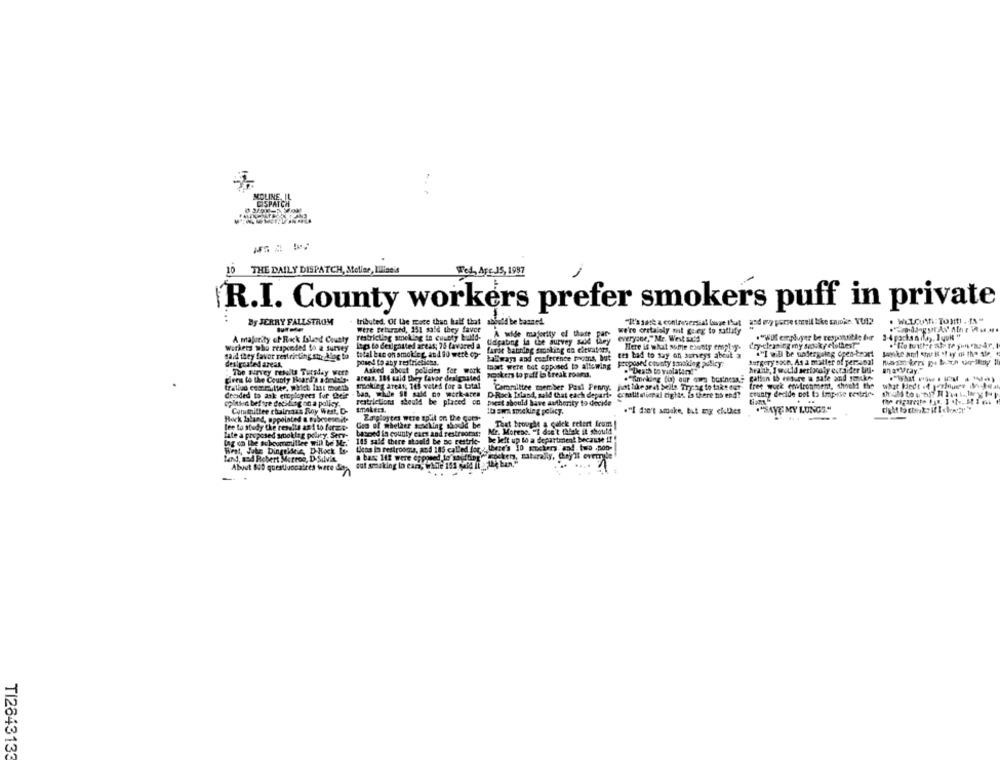
THE DAILY DISPATCH, Mellar, Ilise's
Wed, Are J5, 1987
R.I. County workers prefer smokers puff in private
...
By JERRY FALLSTROM
tributed. Of the more than half that abbutd be banned.
and ony perse torell like sapokr. YU22
Wtre Beturned, 251 said they favce
A wide majority of thete
we're cratainly mt gereg to satlity
A majority of Rock Iled Cavaty
restricting smelting in cuanty build-
Udpating la the survey suod they
Workers who responded to a survey
logs to despitted areas; 75 favored a
furet banning soaking en citvaters,
Here is what subje blanty eroplay-
dry-cleaning my senky clothes?"
said they favor restricting stor dlag to
total kan on smoking, and 80 were op-
buSwap and conference rooms, but
tes bad to say an surveys about a
."I will be wafergalag open-teort
desipouted areas,
posed to any restrictions.
that were but opposed to allowing
Proposed county somokdog policy:
Surgery soce, As a matter of percanal
The survey results Tursday wert
Asked about policies for work
. Death to violatacat
heaab, I would seriocoly euraider Liul-
pires to the County Heart's afevler-
areas, 184 cald they favor designated
eskens to pifl is treak roand.
."smoking (in) ogr que business" gation Io essure a safe and youke-
traliud cecritter, which last moetb
mroking aredt; 145 vated for a total
"Committee member Past Penny, pot like seat belts Try:34
Theog to take out
free work environment, should the
what Hedt .4 perlouer Steak
deaded to ask ercplogees fur their
Ban, wide s! sale no werk-ares D-Rock Roland, sald that each depart- ormalif niemal tights. is there to end?
county decide not to imp-ise centrie.
pinson before deciding on a policy.
restrictions should be placed on
pest should have authority to decide
Committee chairsans Roy West. D-
10 sw soaking policy.
."I don't smoke, but my cielkes
."AYE MY LUNGS."
Hock laland, appointed a pubcsere.it-
Employees were split on the com.
God of whether soiling should be
That brought a quick retert from !
lee to study the results as 1 to force.
Iale a proposed smoking polary, Sery-
basoed in county cars and restreoras:
Mr. Morene. "I don't think it should
Lng on the Bobcommillee will be Mr."
115 said there should be no restric-
be left up to a department because !! !
ticas lo restrooms, and 185 called for _ there's 10 sockers and two .non-
Frat, Jube Dingskeis, D-Rock Lo-
a bar 112 were opposed to so thing" rockers, naturally, Chnyi overml
Mand, sod Robert Metros, D-Silvis
cut soalting in casa, while 15.1 4 1 - ben."
About 800 questivocatres were da
--
TI2843133